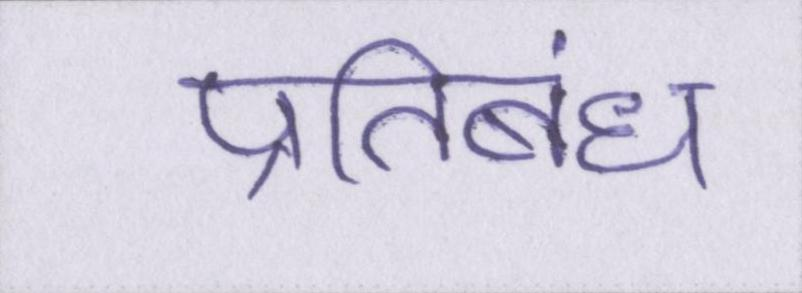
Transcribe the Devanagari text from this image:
प्रतिबंध